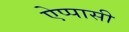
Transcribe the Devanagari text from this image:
ऐप्पासी